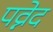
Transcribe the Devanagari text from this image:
पव्नेद